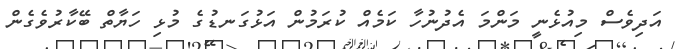
އަދިވެސް މިއުޅެނީ މަންމަ އެދުނުހާ ކަމެއް ކުރަމުން އަޅުގަނޑުގެ މުޅި ހަޔާތް ބޭކާރުވެގެން